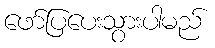
ဖော်ပြပေးသွားပါမည်